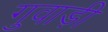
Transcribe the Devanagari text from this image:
गुवाड़ी